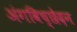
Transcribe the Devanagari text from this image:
अंगविच्छेदन